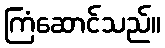
ကြံဆောင်သည်။